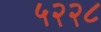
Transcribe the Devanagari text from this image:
५२२८